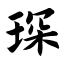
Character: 琛